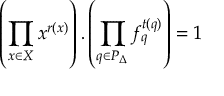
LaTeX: \left( \prod _ { x \in X _ { } } x ^ { r ( x ) } \right) . \left( \prod _ { q \in P _ { \Delta } } f _ { q } ^ { t ( q ) } \right) = 1